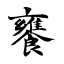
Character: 饔